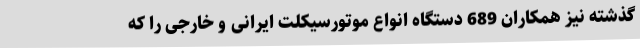
گذشته نیز همکاران 689 دستگاه انواع موتورسیکلت ایرانی و خارجی را که